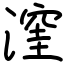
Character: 漥